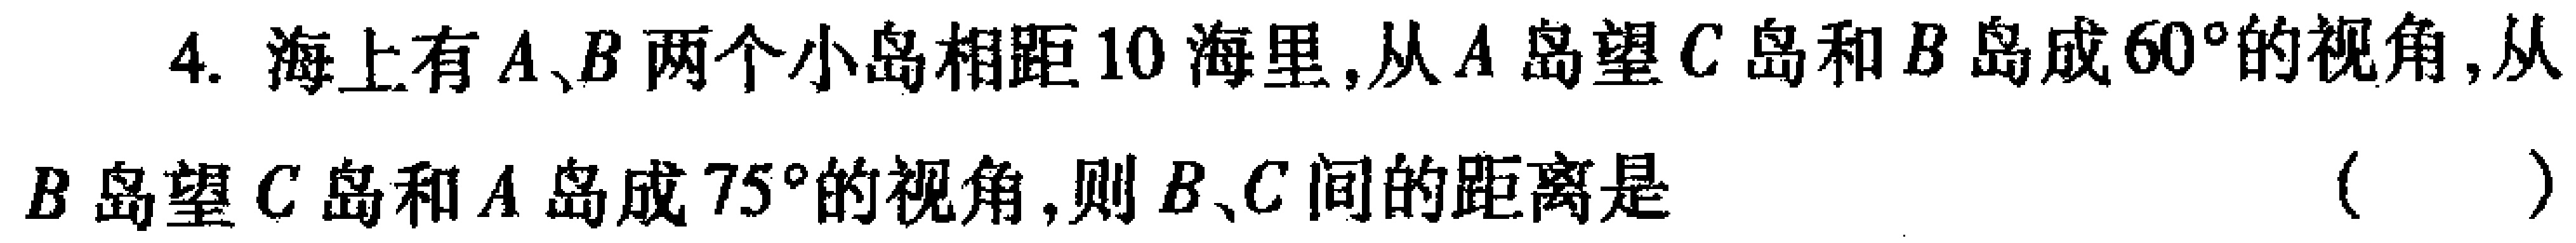
4. 海上有\(A、B\)两个小岛相距\(10\)海里，从\(A\)岛望\(C\)岛和\(B\)岛成\(60^{\circ}\)的视角，从\(B\)岛望\(C\)岛和\(A\)岛成\(75^{\circ}\)的视角，则\(B、C\)间的距离是 （  ）